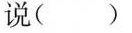
说( )